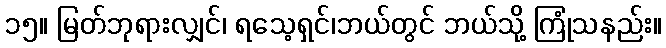
၁၅။ မြတ်ဘုရားလျှင်၊ ရသေ့ရှင်၊ဘယ်တွင် ဘယ်သို့ ကြုံသနည်း။